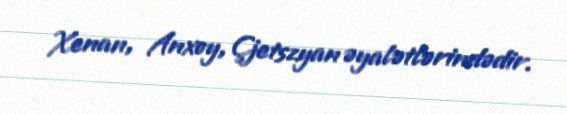
Xenan, Anxoy, Çjetszyan əyalətlərindədir.